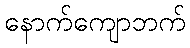
နောက်ကျောဘက်